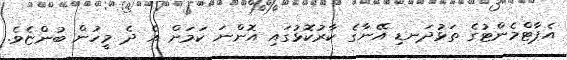
އެޕާޓްމެންޓުގެ ތަޅުދަނޑި އޭނާގެ ކާރުކޮޅުގައި އޮންނަ ކަމަށް އެ ދެ މީހުން ބުންޏެވެ.